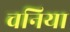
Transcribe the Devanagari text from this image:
चनिया